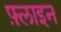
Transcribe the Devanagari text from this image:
फ़्लाइन